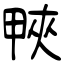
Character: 𤲍